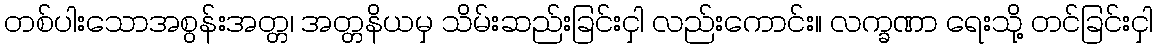
တစ်ပါးသောအစွန်းအတ္တ၊ အတ္တနိယမှ သိမ်းဆည်းခြင်းငှါ လည်းကောင်း။ လက္ခဏာ ရေးသို့ တင်ခြင်းငှါ